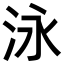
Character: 泳